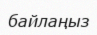
байлаңыз